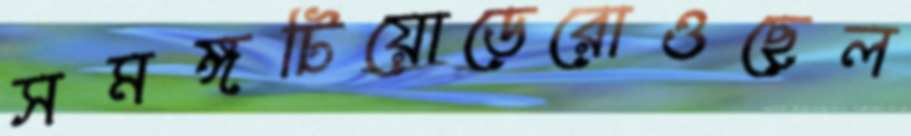
সমঙ্গটিয়োডেরোওছেল